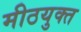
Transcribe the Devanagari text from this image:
मीठयुक्त